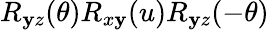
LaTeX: R_{\mathbf{y}z}(\theta)R_{x\mathbf{y}}(u)R_{\mathbf{y}z}(-\theta)